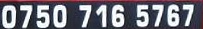
0750 716 5767